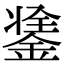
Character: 𨨼